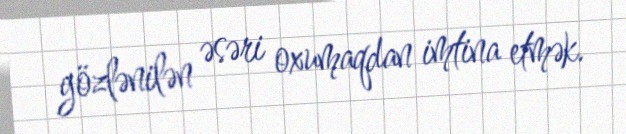
gözlənilən əsəri oxumaqdan imtina etmək.